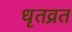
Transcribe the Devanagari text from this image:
धृतव्रत